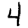
Digit: 4